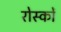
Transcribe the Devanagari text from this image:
रोस्कों